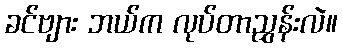
ခင်ဗျား ဘယ်က လုပ်တာညွှန်းလဲ။